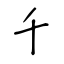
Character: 千